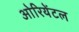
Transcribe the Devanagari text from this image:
ओरियेंटल